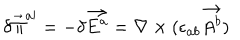
\delta \vec { \Pi } ^ { a \prime } = - \delta \vec { E ^ { a } } = \nabla \times ( \epsilon _ { a b } \vec { A ^ { b } } )